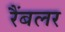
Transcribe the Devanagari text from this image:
रैंबलर